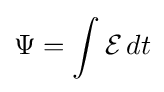
\Psi =\int {\mathcal {E}}\,dt